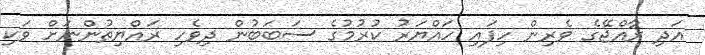
އަދި ރާއްޖޭގެ ވެރިން ހިފައި ހައްޔަރު ކުރުމުގެ ސަބަބުން ދިވެހި ރައްޔިތުންނަށް ވަކި